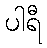
ပါရီ